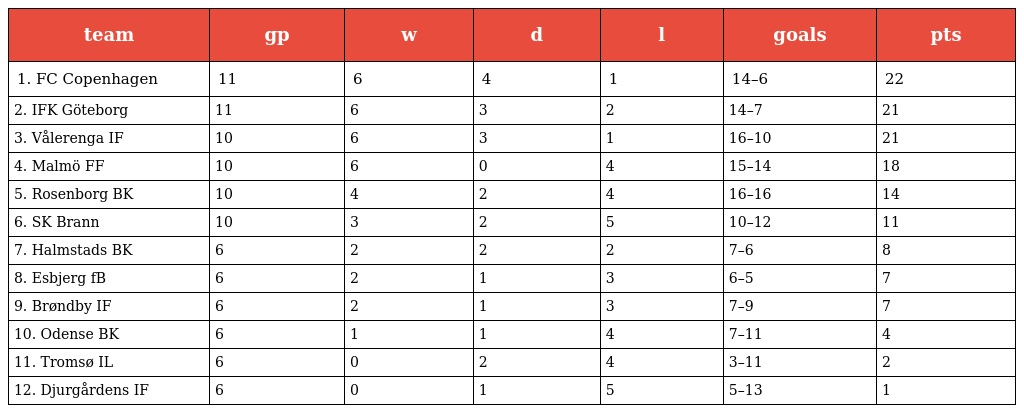
| team | gp | w | d | l | goals | pts |
 | --- | --- | --- | --- | --- | --- | --- |
 | 1. FC Copenhagen | 11 | 6 | 4 | 1 | 14–6 | 22 |
 | 2. IFK Göteborg | 11 | 6 | 3 | 2 | 14–7 | 21 |
 | 3. Vålerenga IF | 10 | 6 | 3 | 1 | 16–10 | 21 |
 | 4. Malmö FF | 10 | 6 | 0 | 4 | 15–14 | 18 |
 | 5. Rosenborg BK | 10 | 4 | 2 | 4 | 16–16 | 14 |
 | 6. SK Brann | 10 | 3 | 2 | 5 | 10–12 | 11 |
 | 7. Halmstads BK | 6 | 2 | 2 | 2 | 7–6 | 8 |
 | 8. Esbjerg fB | 6 | 2 | 1 | 3 | 6–5 | 7 |
 | 9. Brøndby IF | 6 | 2 | 1 | 3 | 7–9 | 7 |
 | 10. Odense BK | 6 | 1 | 1 | 4 | 7–11 | 4 |
 | 11. Tromsø IL | 6 | 0 | 2 | 4 | 3–11 | 2 |
 | 12. Djurgårdens IF | 6 | 0 | 1 | 5 | 5–13 | 1 |